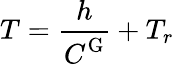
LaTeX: T=\frac{\displaystyle h}{\displaystyle C^{\mathrm{G}}}+T_{r}